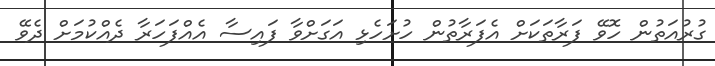
ގުރުއަތުން ހޮވޭ ފަރާތަކަށް އެފަރާތުން ހުށަހެޅި އަގަށްވާ ފައިސާ އެއްފަހަރާ ދެއްކުމަށް ދެވޭ